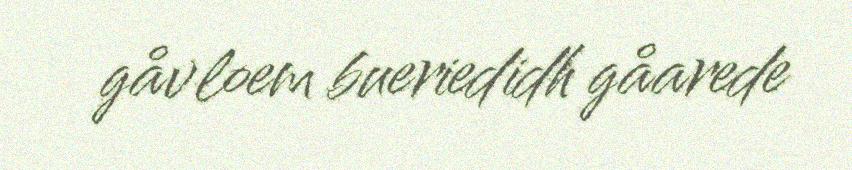
gåvloem bueriedidh gåarede